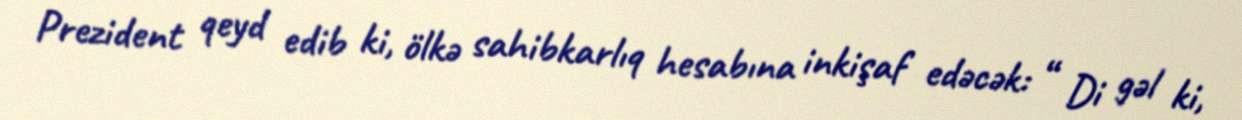
Prezident qeyd edib ki, ölkə sahibkarlıq hesabına inkişaf edəcək: “ Di gəl ki,